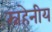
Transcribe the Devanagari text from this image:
स्नहेनीय